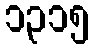
၁၃၁၅